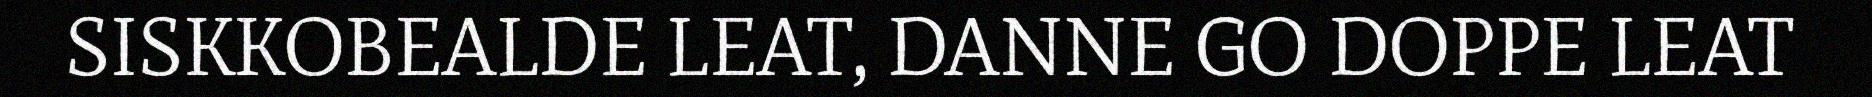
SISKKOBEALDE LEAT, DANNE GO DOPPE LEAT